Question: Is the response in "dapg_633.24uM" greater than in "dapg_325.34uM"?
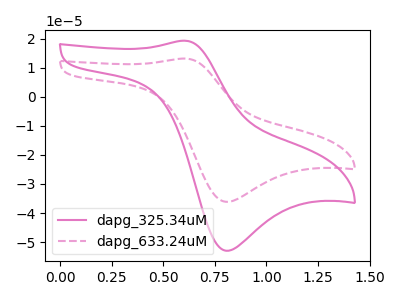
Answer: <think>The pink curve "dapg_325.34uM" has an anodic peak at (0.60V, 19.30uA) and a cathodic peak at (0.80V, -53.00uA). The pink dashed curve "dapg_633.24uM" has an anodic peak at (0.60V, 13.15uA) and a cathodic peak at (0.80V, -36.15uA).
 All the peaks in "dapg_633.24uM" have a peak in "dapg_325.34uM" at the same potential. Every peak in "dapg_633.24uM" is lower than every peak in "dapg_325.34uM".</think>
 <answer>"dapg_633.24uM" has less signal than "dapg_325.34uM".</answer>
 <eval>less_signal</eval>